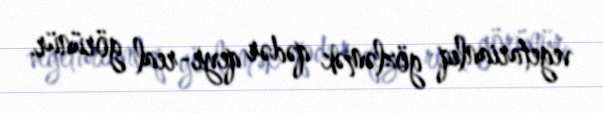
vegetarianlıq gözləmək qədər qeyr-real görünür.